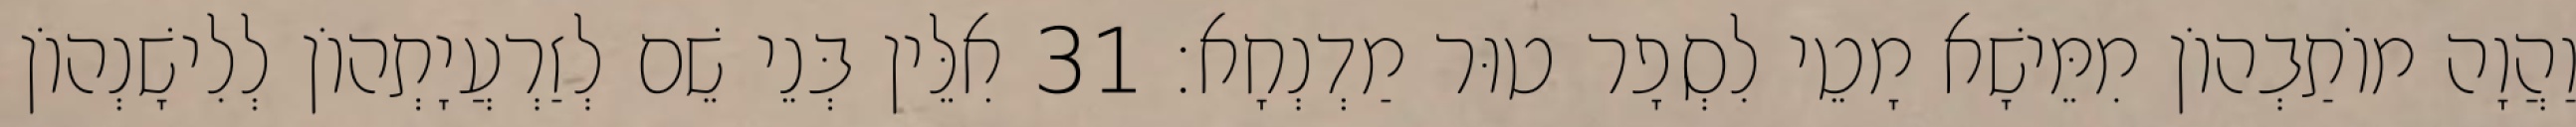
וַהֲוָה מוֹתַבְהוֹן מִמֵּישָׁא מָטֵי לִסְפָר טוּר מַדְנְחָא׃ 31 אִלֵּין בְּנֵי שֵׁם לְזַרְעֲיָתְהוֹן לְלִישָׁנְהוֹן